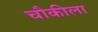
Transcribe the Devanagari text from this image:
चौकीला